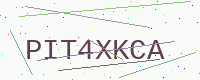
Text: PIT4XKCA